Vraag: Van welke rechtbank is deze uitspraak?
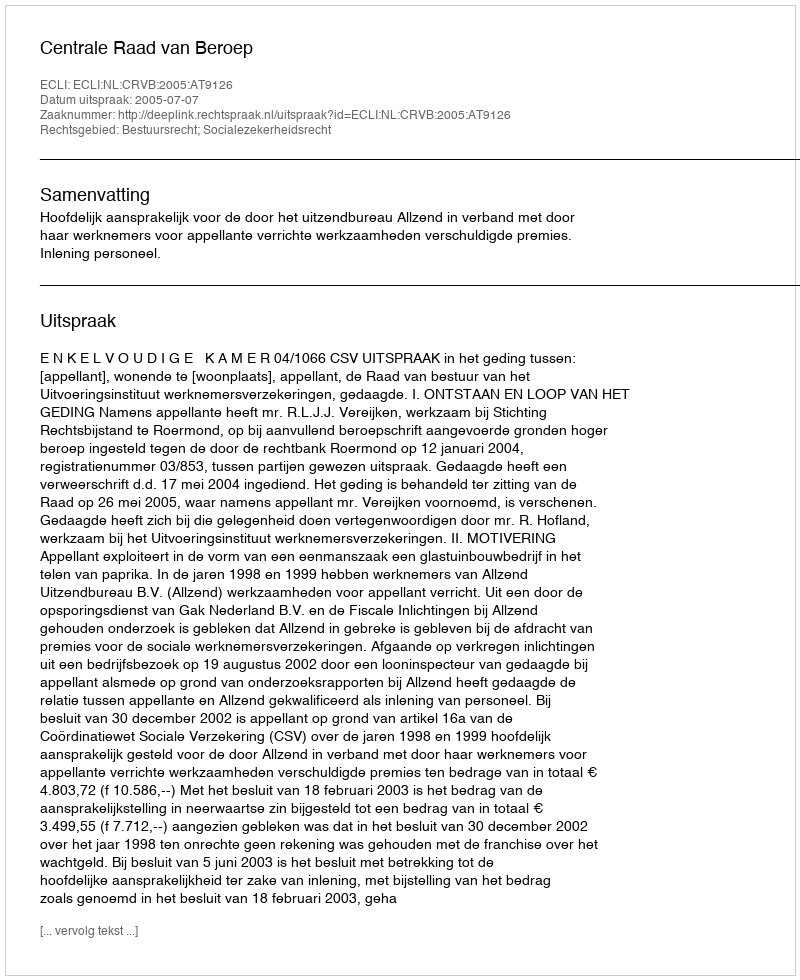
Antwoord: Centrale Raad van Beroep